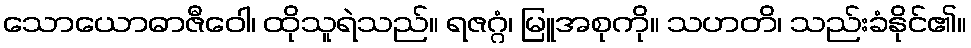
သောယောဓာဇီဝေါ၊ ထိုသူရဲသည်။ ရဇဂ္ဂံ၊ မြူအစုကို။ သဟတိ၊ သည်းခံနိုင်၏။